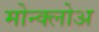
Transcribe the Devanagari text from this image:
मोन्क्लोअ